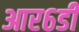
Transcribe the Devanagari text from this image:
आर६डी